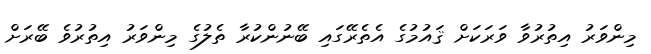
މިންވަރު އިތުރުވާ ވަރަކަށް ޤައުމުގެ އެތެރޭގައި ބޭނުންކުރާ ތެލުގެ މިންވަރު އިތުރުވެ ބޭރަށް